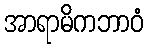
အာရာမိကဘာဝံ